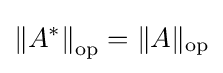
\left\|A^{*}\right\|_{\text{op}}=\|A\|_{\text{op}}